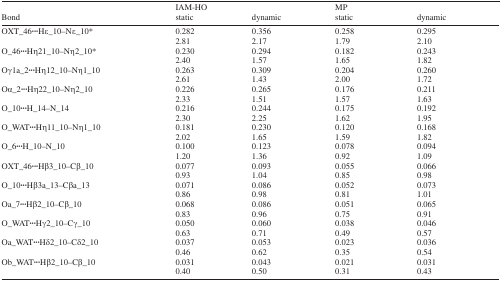
<table><thead><tr><td><b>Bond</b></td><td><b>IAM-HO static</b></td><td><b>dynamic</b></td><td><b>MP static</b></td><td><b>dynamic</b></td></tr></thead><tbody><tr><td>OXT_46<b>···</b>Hε_10–Nε_10*</td><td>0.282</td><td>0.356</td><td>0.258</td><td>0.295</td></tr><tr><td></td><td>2.81</td><td>2.17</td><td>1.79</td><td>2.10</td></tr><tr><td>O_46<b>···</b>Hη21_10–Nη2_10*</td><td>0.230</td><td>0.294</td><td>0.182</td><td>0.243</td></tr><tr><td></td><td>2.40</td><td>1.57</td><td>1.65</td><td>1.82</td></tr><tr><td>Oγ1a_2<b>···</b>Hη12_10–Nη1_10</td><td>0.263</td><td>0.309</td><td>0.204</td><td>0.260</td></tr><tr><td></td><td>2.61</td><td>1.43</td><td>2.00</td><td>1.72</td></tr><tr><td>Oα_2<b>···</b>Hη22_10–Nη2_10</td><td>0.226</td><td>0.265</td><td>0.176</td><td>0.211</td></tr><tr><td></td><td>2.33</td><td>1.51</td><td>1.57</td><td>1.63</td></tr><tr><td>O_10<b>···</b>H_14–N_14</td><td>0.216</td><td>0.244</td><td>0.175</td><td>0.192</td></tr><tr><td></td><td>2.30</td><td>2.25</td><td>1.62</td><td>1.95</td></tr><tr><td>O_WAT<b>···</b>Hη11_10–Nη1_10</td><td>0.181</td><td>0.230</td><td>0.120</td><td>0.168</td></tr><tr><td></td><td>2.02</td><td>1.65</td><td>1.59</td><td>1.82</td></tr><tr><td>O_6<b>···</b>H_10–N_10</td><td>0.100</td><td>0.123</td><td>0.078</td><td>0.094</td></tr><tr><td></td><td>1.20</td><td>1.36</td><td>0.92</td><td>1.09</td></tr><tr><td>OXT_46<b>···</b>Hβ3_10–Cβ_10</td><td>0.077</td><td>0.093</td><td>0.055</td><td>0.066</td></tr><tr><td></td><td>0.93</td><td>1.04</td><td>0.85</td><td>0.98</td></tr><tr><td>O_10<b>···</b>Hβ3a_13–Cβa_13</td><td>0.071</td><td>0.086</td><td>0.052</td><td>0.073</td></tr><tr><td></td><td>0.86</td><td>0.98</td><td>0.81</td><td>1.01</td></tr><tr><td>Oa_7<b>···</b>Hβ2_10–Cβ_10</td><td>0.068</td><td>0.086</td><td>0.051</td><td>0.065</td></tr><tr><td></td><td>0.83</td><td>0.96</td><td>0.75</td><td>0.91</td></tr><tr><td>O_WAT<b>···</b>Hγ2_10–Cγ_10</td><td>0.050</td><td>0.060</td><td>0.038</td><td>0.046</td></tr><tr><td></td><td>0.63</td><td>0.71</td><td>0.49</td><td>0.57</td></tr><tr><td>Oa_WAT<b>···</b>Hδ2_10–Cδ2_10</td><td>0.037</td><td>0.053</td><td>0.023</td><td>0.036</td></tr><tr><td></td><td>0.46</td><td>0.62</td><td>0.35</td><td>0.54</td></tr><tr><td>Ob_WAT<b>···</b>Hβ2_10–Cβ_10</td><td>0.031</td><td>0.043</td><td>0.021</td><td>0.031</td></tr><tr><td></td><td>0.40</td><td>0.50</td><td>0.31</td><td>0.43</td></tr></tbody></table>